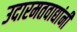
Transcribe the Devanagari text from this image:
उदारमतवाद्यांनी